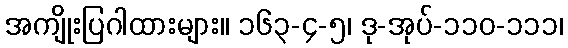
အကျိုးပြဂါထားများ။ ၁၆၃-၄-၅၊ ဒု-အုပ်-၁၁၀-၁၁၁၊